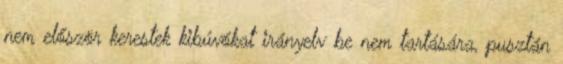
nem először kerestek kibúvókat irányelv be nem tartására, pusztán